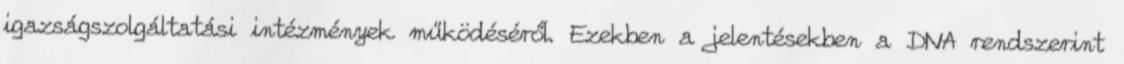
igazságszolgáltatási intézmények működéséről. Ezekben a jelentésekben a DNA rendszerint